Problem: 8 × 11 = ?
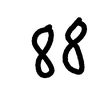
Handwritten answer: 88